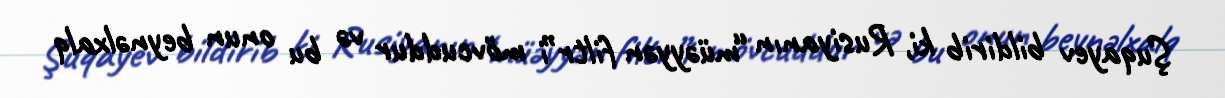
Şuqayev bildirib ki, Rusiyanın “müəyyən filtr”i mövcuddur və bu onun beynəlxalq